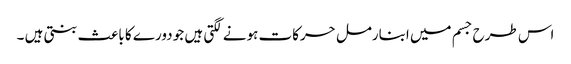
اس طرح جسم میں ابنارمل حرکات ہونے لگتی ہیں جو دورے کا باعث بنتی ہیں ۔